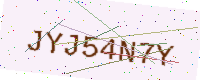
Text: JYJ54N7Y